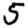
Digit: 5